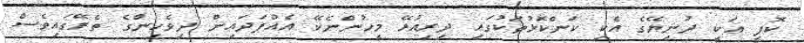
ކޮފީ އަކީ ދުނިޔޭގެ އެކި ކަންކޮޅުތަކުގައި ދިރިއުޅޭ މީހުންނެކޭ އެއްފަދައިން ދިވެހިންގެ ތެރޭގައިވެސް